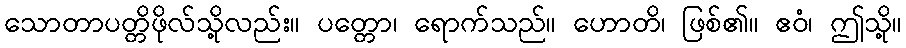
သောတာပတ္တိဖိုလ်သို့လည်း။ ပတ္တော၊ ရောက်သည်။ ဟောတိ၊ ဖြစ်၏။ ဧဝံ၊ ဤသို့။